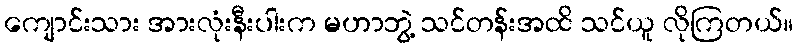
ကျောင်းသား အားလုံးနီးပါးက မဟာဘွဲ့ သင်တန်းအထိ သင်ယူ လိုကြတယ်။